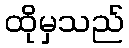
ထိုမှသည်